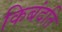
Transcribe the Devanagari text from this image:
किबंदति